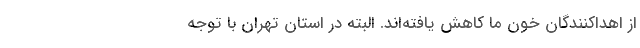
از اهداکنندگان خون ما کاهش یافته‌اند. البته در استان تهران با توجه